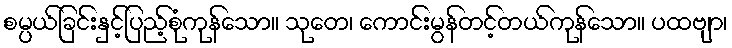
စမ္ပယ်ခြင်းနှင့်ပြည့်စုံကုန်သော။ သုတေ၊ ကောင်းမွန်တင့်တယ်ကုန်သော။ ပထဗျာ၊